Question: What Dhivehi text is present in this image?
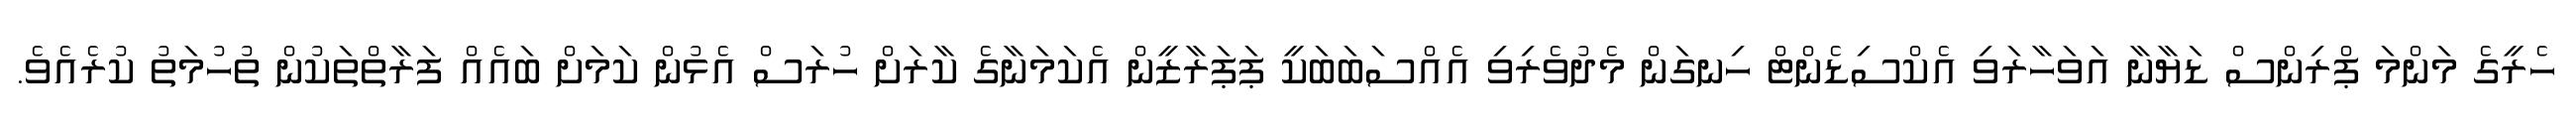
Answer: ހެރީގެ މަންމަ ޕްރިންސް ޑަޔާނާ އަވަހާރަވި އެކްސިޑެންޓް ހިނގަން މެދުވެރިވި އެއްސަބަބަކީ ޕަޕަރާޒީން އެކަމަނާގެ ކާރަށް ހުރަސް އެޅުން ކަމަށް ބައެއް ފަރާތްތަކުން ތުހުމަތު ކުރެއެވެ.